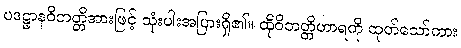
ပဒဋ္ဌာနဝိဘတ္တိအားဖြင့် သုံးပါးအပြားရှိ၏။ ထိုဝိဘတ္တိဟာရကို ထုတ်သော်ကား